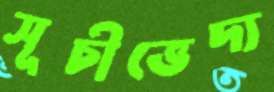
সূচীভেদ্য